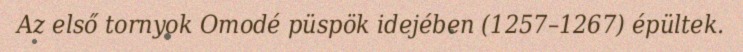
Az első tornyok Omodé püspök idejében (1257–1267) épültek.